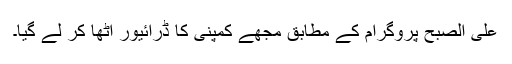
علی الصبح پروگرام کے مطابق مجھے کمپنی کا ڈرائیور اٹھا کر لے گیا۔